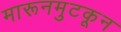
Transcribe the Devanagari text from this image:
मारूनमुटकून